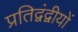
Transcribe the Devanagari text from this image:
प्रतिद्वंद्वीयों